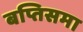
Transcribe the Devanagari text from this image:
बप्तिसमा